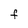
Character: F